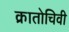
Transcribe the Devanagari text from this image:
क्रातोचिवी